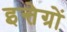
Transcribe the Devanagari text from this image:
इन्तेग्रों